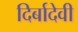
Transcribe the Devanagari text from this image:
दिर्बादेवी